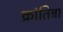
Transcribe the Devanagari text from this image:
क्रांतिबा